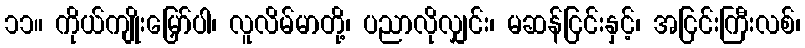
၁၁။ ကိုယ်ကျိုးမြှော်ပါ၊ လူလိမ်မာတို့၊ ပညာလိုလျှင်း၊ မဆန်ငြင်းနှင့်၊ အငြင်းကြီးလစ်၊